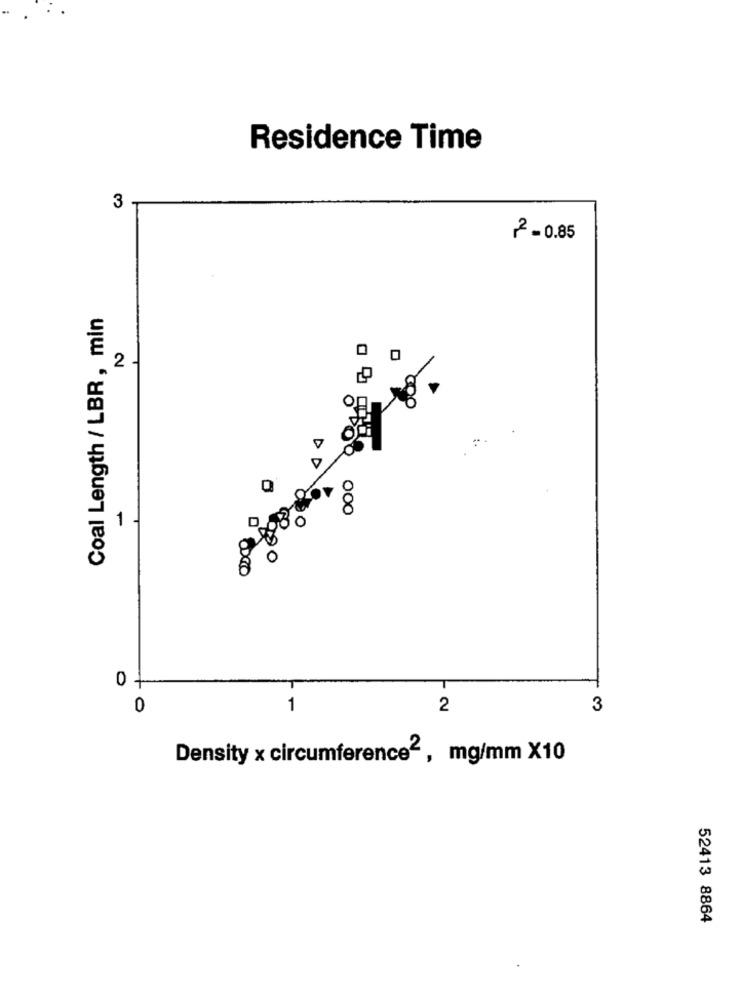
Residence Time
3
2 -0.85
Coal Length / LBR, min
0
2 -
DDY
000 000
1
0
0
+
0
1
1 2
3
Density x circumference2, mg/mm X10
52413 8864